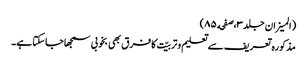
(المیزان جلد٣،صفحه ٨٥)
مذکورہ تعریف سے تعلیم وتربیّت کا فرق بھی بخوبی سمجھاجاسکتا ہے۔